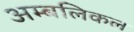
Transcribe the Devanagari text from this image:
अम्बलिकल